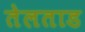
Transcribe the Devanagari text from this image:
तेलताड